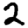
Digit: 2